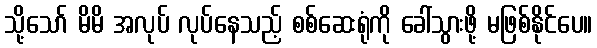
သို့သော် မိမိ အလုပ် လုပ်နေသည့် စစ်ဆေးရုံကို ခေါ်သွားဖို့ မဖြစ်နိုင်ပေ။